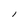
Character: l